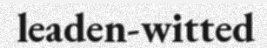
leaden-witted